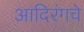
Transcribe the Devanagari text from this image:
आदिरंगचे